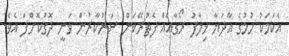
އެކަމަކު ހުމުގެ އާދަޔާ ޚިލާފު ރޯގާއެއް ފެތުރޭކަން ސަރުކާރުން ވަނީ ދޮގުކޮށްފަ އެވެ.